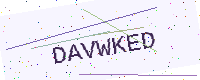
Text: DAVWKED